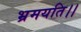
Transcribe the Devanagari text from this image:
भ्रमयति।।